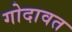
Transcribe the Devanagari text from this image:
गोदावत